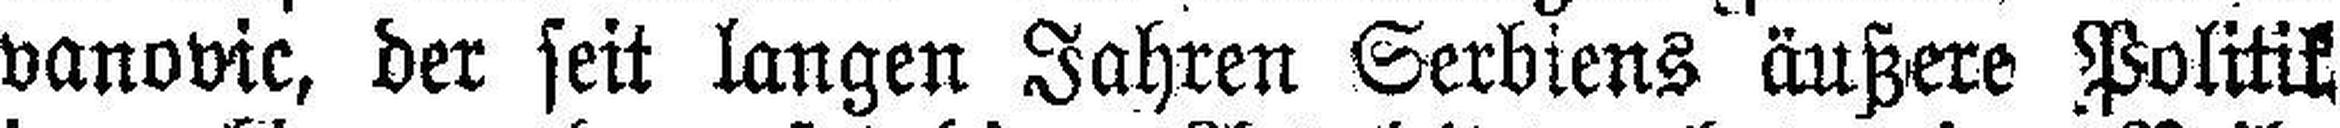
vanovic, der seit langen Jahren Serbiens äußere Politik